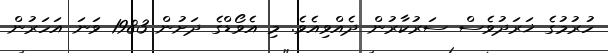
ހުރުމުގެ ޚަރަދުވެސް ސަރުކާރުން ދެއްވިއެވެ. މި އެވޯޑްގެ ދަށުން 1983 ވަނަ އަހަރުން